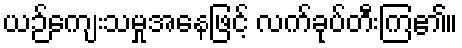
ယဉ်ကျေးသမှုအနေဖြင့် လက်ခုပ်တီးကြ၏။